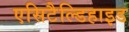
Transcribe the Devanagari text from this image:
एसिटैल्डिहाइड